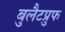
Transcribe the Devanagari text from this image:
बुलैटप्रुफ